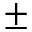
\pm